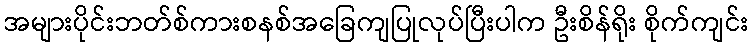
အများပိုင်းဘတ်စ်ကားစနစ်အခြေကျပြုလုပ်ပြီးပါက ဦးစိန်ရိုး စိုက်ကျင်း